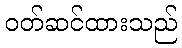
ဝတ်ဆင်ထားသည်